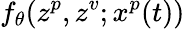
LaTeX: f_{\theta}(z^{p},z^{v};x^{p}(t))